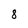
Character: 8